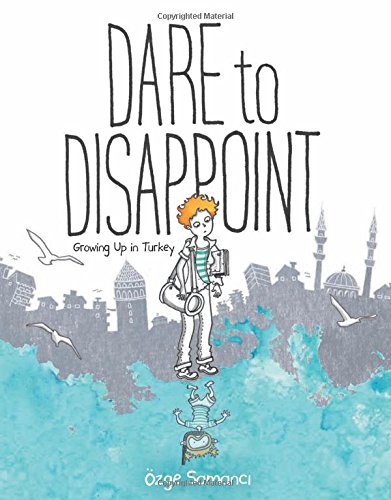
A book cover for Dare to Disappoint: Growing Up in Turkey; Ozge Samanci; Teen & Young Adult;